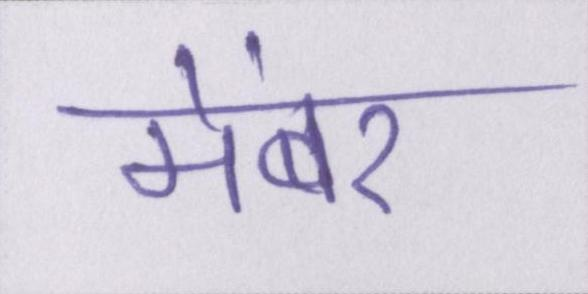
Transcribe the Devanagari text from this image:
मेंबर